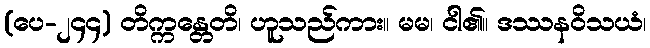
(ပေ-၂၄၄) တိက္ကန္တေတိ၊ ဟူသည်ကား။ မမ၊ ငါ၏။ ဒဿနဝိသယံ၊